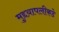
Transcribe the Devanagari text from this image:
मुद्दय़ापलीकडे